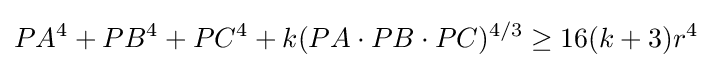
PA^{4}+PB^{4}+PC^{4}+k(PA\cdot PB\cdot PC)^{4/3}\geq 16(k+3)r^{4}